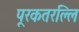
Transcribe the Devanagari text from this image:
पूरकतरल्लि